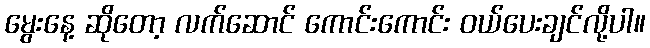
မွေးနေ့ ဆိုတော့ လက်ဆောင် ကောင်းကောင်း ဝယ်ပေးချင်လို့ပါ။